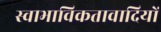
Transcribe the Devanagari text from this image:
स्वाभाविकतावादियों